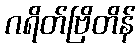
ဂရိတ်ဗြိတိန်